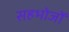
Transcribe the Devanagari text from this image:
सहभोजों